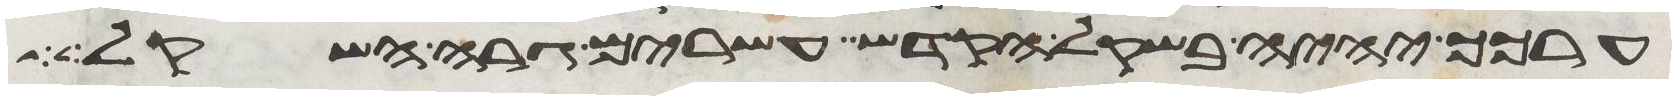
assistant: ערכך יהיה בשקל הקדש עשרים גרה השקל